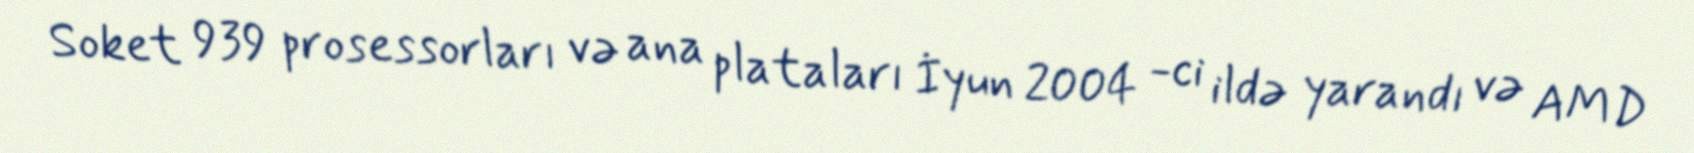
Soket 939 prosessorları və ana plataları İyun 2004 -ci ildə yarandı və AMD